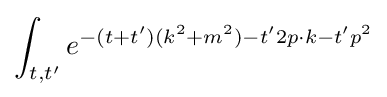
\int _{t,t'}e^{-(t+t')(k^{2}+m^{2})-t'2p\cdot k-t'p^{2}}